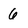
Character: 6